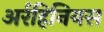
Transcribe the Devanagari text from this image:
अर्रहिनियस